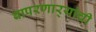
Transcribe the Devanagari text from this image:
वापरणार्‍यांची